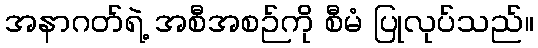
အနာဂတ်ရဲ့ အစီအစဉ်ကို စီမံ ပြုလုပ်သည်။